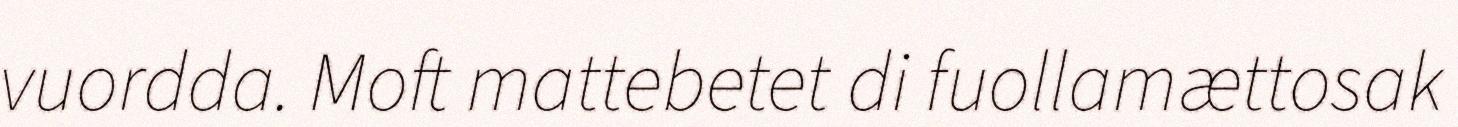
vuordda. Moft mattebetet di fuollamættosak